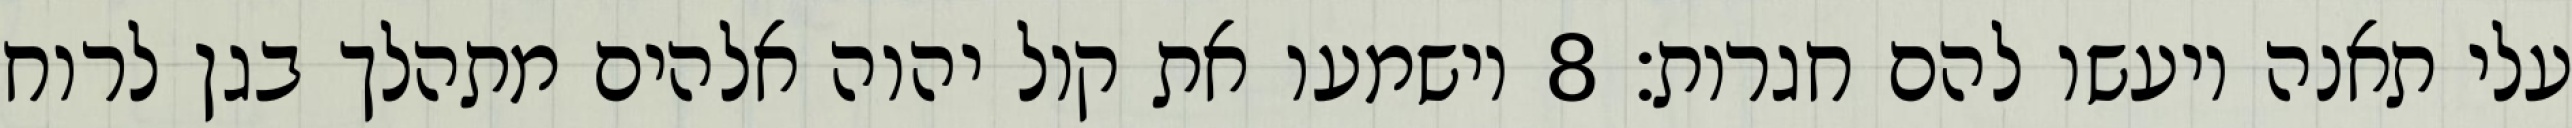
עלי תאנה ויעשו להם חגרות׃ ‎8‏ וישמעו את קול יהוה אלהים מתהלך בגן לרוח